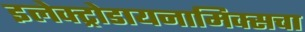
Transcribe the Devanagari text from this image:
इलेक्ट्रोडायनामिक्सचा